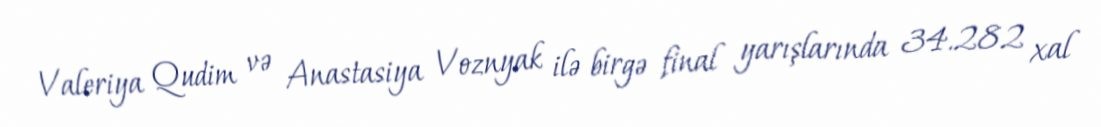
Valeriya Qudim və Anastasiya Voznyak ilə birgə final yarışlarında 34.282 xal